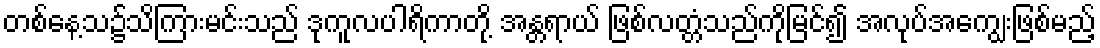
တစ်နေ့သ၌သိကြားမင်းသည် ဒုကူလပါရိကာတို့ အန္တရာယ် ဖြစ်လတ္တံသည်ကိုမြင်၍ အလုပ်အကျွေးဖြစ်မည့်